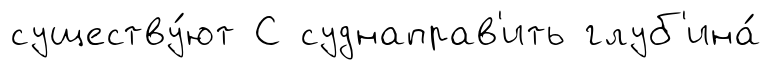
существу́ют С суднаправ'ить глуб'ина́